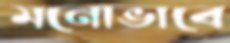
মনোভাবে